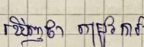
ឃើញថា តម្រូវការ